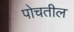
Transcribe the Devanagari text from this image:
पोचतील